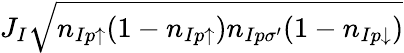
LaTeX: J_{I}\sqrt{n_{Ip\uparrow}(1-n_{Ip\uparrow})n_{Ip\sigma^{\prime}}(1-n_{Ip\downarrow})}